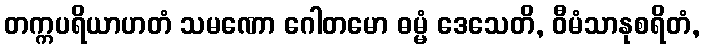
တက္ကပရိယာဟတံ သမဏော ဂေါတမော ဓမ္မံ ဒေသေတိ, ဝီမံသာနုစရိတံ,